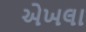
એખલા